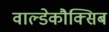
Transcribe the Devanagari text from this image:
वाल्डेकौक्सिब